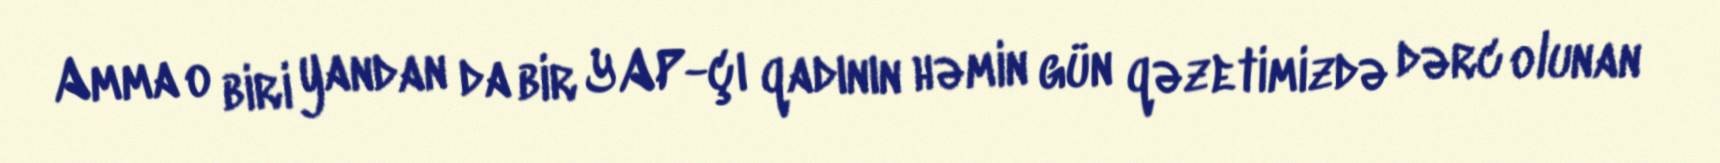
Amma o biri yandan da bir YAP-çı qadının həmin gün qəzetimizdə dərc olunan